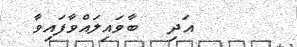
އަދި  ބާވައިލައްވާފައިވާ